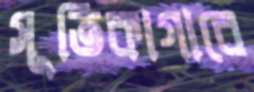
সূতিকাগারে